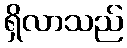
ရှိလာသည်